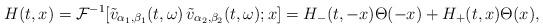
LaTeX: \begin{align*}H(t, x) = \mathcal{F}^{-1}[\tilde{v}_{\alpha_{1}, \beta_{1}}(t, \omega)\, \tilde{v}_{\alpha_{2}, \beta_{2}}(t, \omega); x] = H_{-}(t, -x) \Theta(-x) + H_{+}(t, x)\Theta(x),\end{align*}